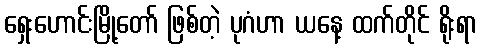
ရှေးဟောင်းမြို့တော် ဖြစ်တဲ့ ပုဂံဟာ ယနေ့ ထက်တိုင် ရိုးရာ